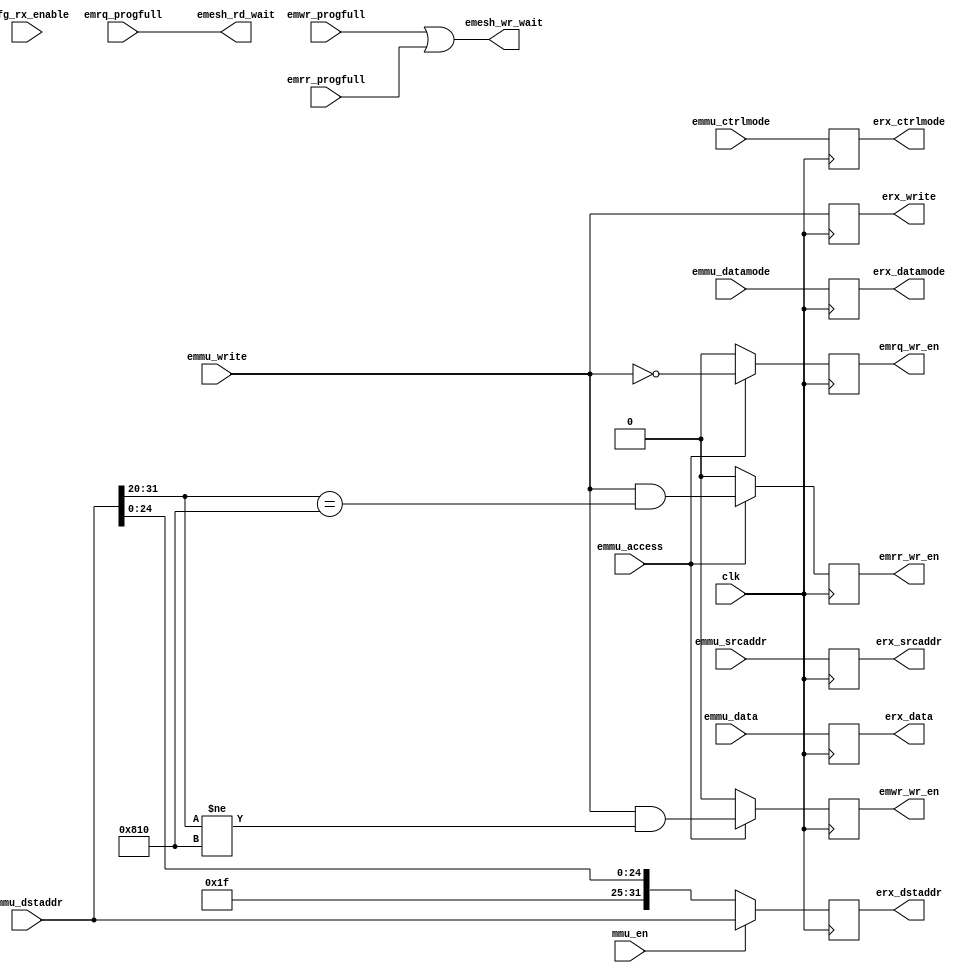
module erx_disty (/*AUTOARG*/
   // Outputs
   emesh_rd_wait, emesh_wr_wait, emwr_wr_en, emrq_wr_en, emrr_wr_en,
   erx_write, erx_datamode, erx_ctrlmode, erx_dstaddr, erx_srcaddr,
   erx_data,
   // Inputs
   clk, mmu_en, emmu_access, emmu_write, emmu_datamode, emmu_ctrlmode,
   emmu_dstaddr, emmu_srcaddr, emmu_data, emwr_progfull,
   emrq_progfull, emrr_progfull, ecfg_rx_enable
   );

   parameter [11:0]  C_READ_TAG_ADDR = 12'h810;
   parameter         C_REMAP_BITS    = 7;
   parameter [31:0]  C_REMAP_ADDR    = 32'h3E000000;

   // RX clock
   input         clk;

   // MMU enable
   input 	 mmu_en;

   //Inputs from MMU
   input          emmu_access;
   input          emmu_write;
   input [1:0]    emmu_datamode;
   input [3:0]    emmu_ctrlmode;
   input [31:0]   emmu_dstaddr;
   input [31:0]   emmu_srcaddr;
   input [31:0]   emmu_data;
   output         emesh_rd_wait;
   output         emesh_wr_wait;
 
   // Master FIFO port, writes
   output         emwr_wr_en;
   input          emwr_progfull;
   
   // Master FIFO port, read requests
   output         emrq_wr_en;
   input          emrq_progfull;
   
   // Master FIFO port, read responses
   output         emrr_wr_en;
   input          emrr_progfull;

   //Master Transaction for all FIFOs
   output            erx_write;
   output [1:0]      erx_datamode;
   output [3:0]      erx_ctrlmode;
   output [31:0]     erx_dstaddr;
   output [31:0]     erx_srcaddr;
   output [31:0]     erx_data;
   
   // Control bits inputs
   input 	     ecfg_rx_enable;//TODO: what to do with this?
   
   //############
   //# REGS
   //############
   
   reg            erx_write;
   reg [1:0]      erx_datamode;
   reg [3:0]      erx_ctrlmode;
   reg [31:0]     erx_dstaddr;
   reg [31:0]     erx_srcaddr;
   reg [31:0]     erx_data;

   reg            emwr_wr_en;
   reg            emrq_wr_en;
   reg            emrr_wr_en;

   
   //############
   //# PIPELINE AND DISTRIBUTE
   //############   
   always @ (posedge clk) 
     begin
	erx_write          <= emmu_write;
        erx_datamode[1:0]  <= emmu_datamode[1:0];
        erx_ctrlmode[3:0]  <= emmu_ctrlmode[3:0];
        erx_dstaddr[31:0]  <= mmu_en ? emmu_dstaddr[31:0] : {C_REMAP_ADDR[31:(32-C_REMAP_BITS)], 
							    emmu_dstaddr[(31-C_REMAP_BITS):0]};
        erx_srcaddr[31:0]  <= emmu_srcaddr[31:0];
        erx_data[31:0]     <= emmu_data[31:0];
     end
	
   always @ (posedge clk) 
     if(emmu_access) 
       begin
	  emrq_wr_en <= ~emmu_write;
          emrr_wr_en <= emmu_write & (emmu_dstaddr[31:20] == C_READ_TAG_ADDR);
          emwr_wr_en <= emmu_write & (emmu_dstaddr[31:20] != C_READ_TAG_ADDR);
       end
     else
       begin
	  emrq_wr_en  <= 1'b0;
	  emrr_wr_en  <= 1'b0;
	  emwr_wr_en  <= 1'b0;	  
       end
   
   //#############################
   //# Wait signal passthroughs
   //#############################
   
   assign        emesh_rd_wait = emrq_progfull;
   assign        emesh_wr_wait = emwr_progfull | emrr_progfull;
   
endmodule